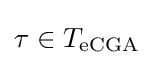
\tau \in T_{\text{eCGA}}